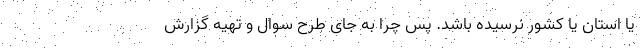
یا استان یا کشور نرسیده باشد. پس چرا به جای طرح سوال و تهیه گزارش